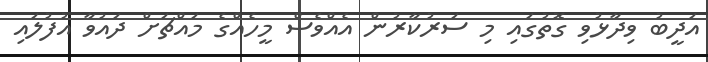
އަދީބު ވިދާޅުވި ގޮތުގައި މި ސަރުކާރުން އެއްވެސް މީހެއްގެ މައްޗަށް ދައުވާ އުފުލައި